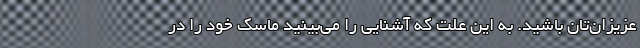
عزیزان‌تان باشید. به این علت که آشنایی را می‌بینید ماسک خود را در